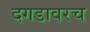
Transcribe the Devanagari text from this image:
दगडावरच